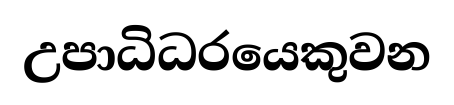
උපාධිධරයෙකුවන